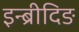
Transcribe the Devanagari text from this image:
इन्ब्रीदिङ